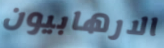
الارهابيون